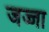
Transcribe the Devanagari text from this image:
जज्जा